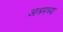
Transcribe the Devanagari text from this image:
आश्रमच्या